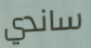
ساندي